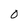
Character: 0